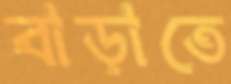
বাড়াতে